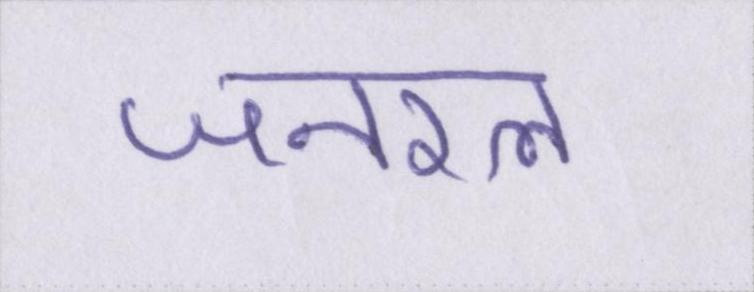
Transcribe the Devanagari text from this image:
जनरल